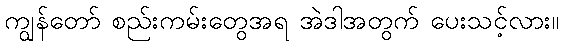
ကျွန်တော် စည်းကမ်းတွေအရ အဲဒါအတွက် ပေးသင့်လား။